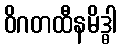
ဝိဂတထီနမိဒ္ဓါ